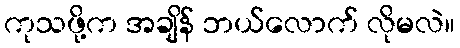
ကုသဖို့က အချိန် ဘယ်လောက် လိုမလဲ။